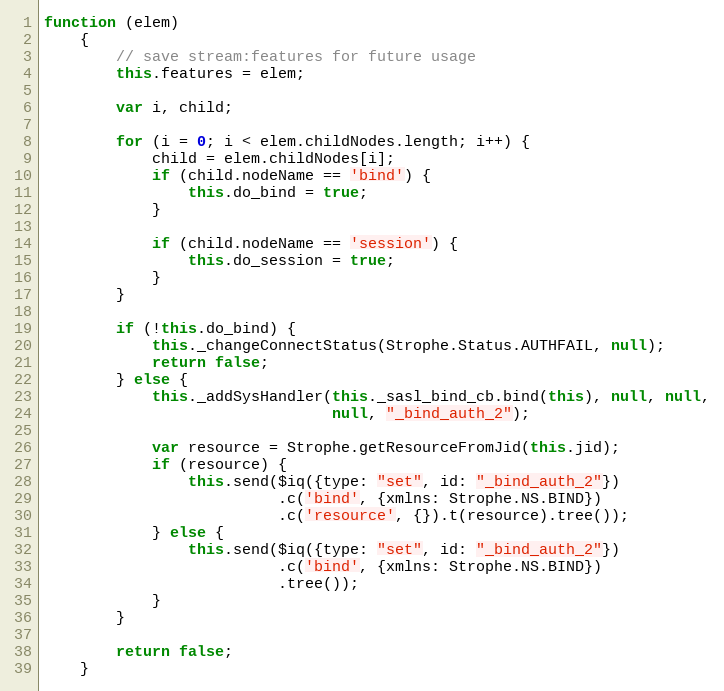
Language: JavaScript
function (elem)
    {
        // save stream:features for future usage
        this.features = elem;

        var i, child;

        for (i = 0; i < elem.childNodes.length; i++) {
            child = elem.childNodes[i];
            if (child.nodeName == 'bind') {
                this.do_bind = true;
            }

            if (child.nodeName == 'session') {
                this.do_session = true;
            }
        }

        if (!this.do_bind) {
            this._changeConnectStatus(Strophe.Status.AUTHFAIL, null);
            return false;
        } else {
            this._addSysHandler(this._sasl_bind_cb.bind(this), null, null,
                                null, "_bind_auth_2");

            var resource = Strophe.getResourceFromJid(this.jid);
            if (resource) {
                this.send($iq({type: "set", id: "_bind_auth_2"})
                          .c('bind', {xmlns: Strophe.NS.BIND})
                          .c('resource', {}).t(resource).tree());
            } else {
                this.send($iq({type: "set", id: "_bind_auth_2"})
                          .c('bind', {xmlns: Strophe.NS.BIND})
                          .tree());
            }
        }

        return false;
    }